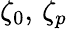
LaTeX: \zeta_{0},\, \zeta_{p}